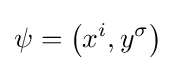
\psi =\left(x^{i},y^{\sigma }\right)